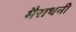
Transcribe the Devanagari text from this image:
मैराथनी